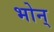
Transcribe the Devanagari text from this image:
भोन्